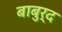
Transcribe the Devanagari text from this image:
बाबुर्द